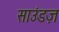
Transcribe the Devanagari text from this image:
साउंडज़